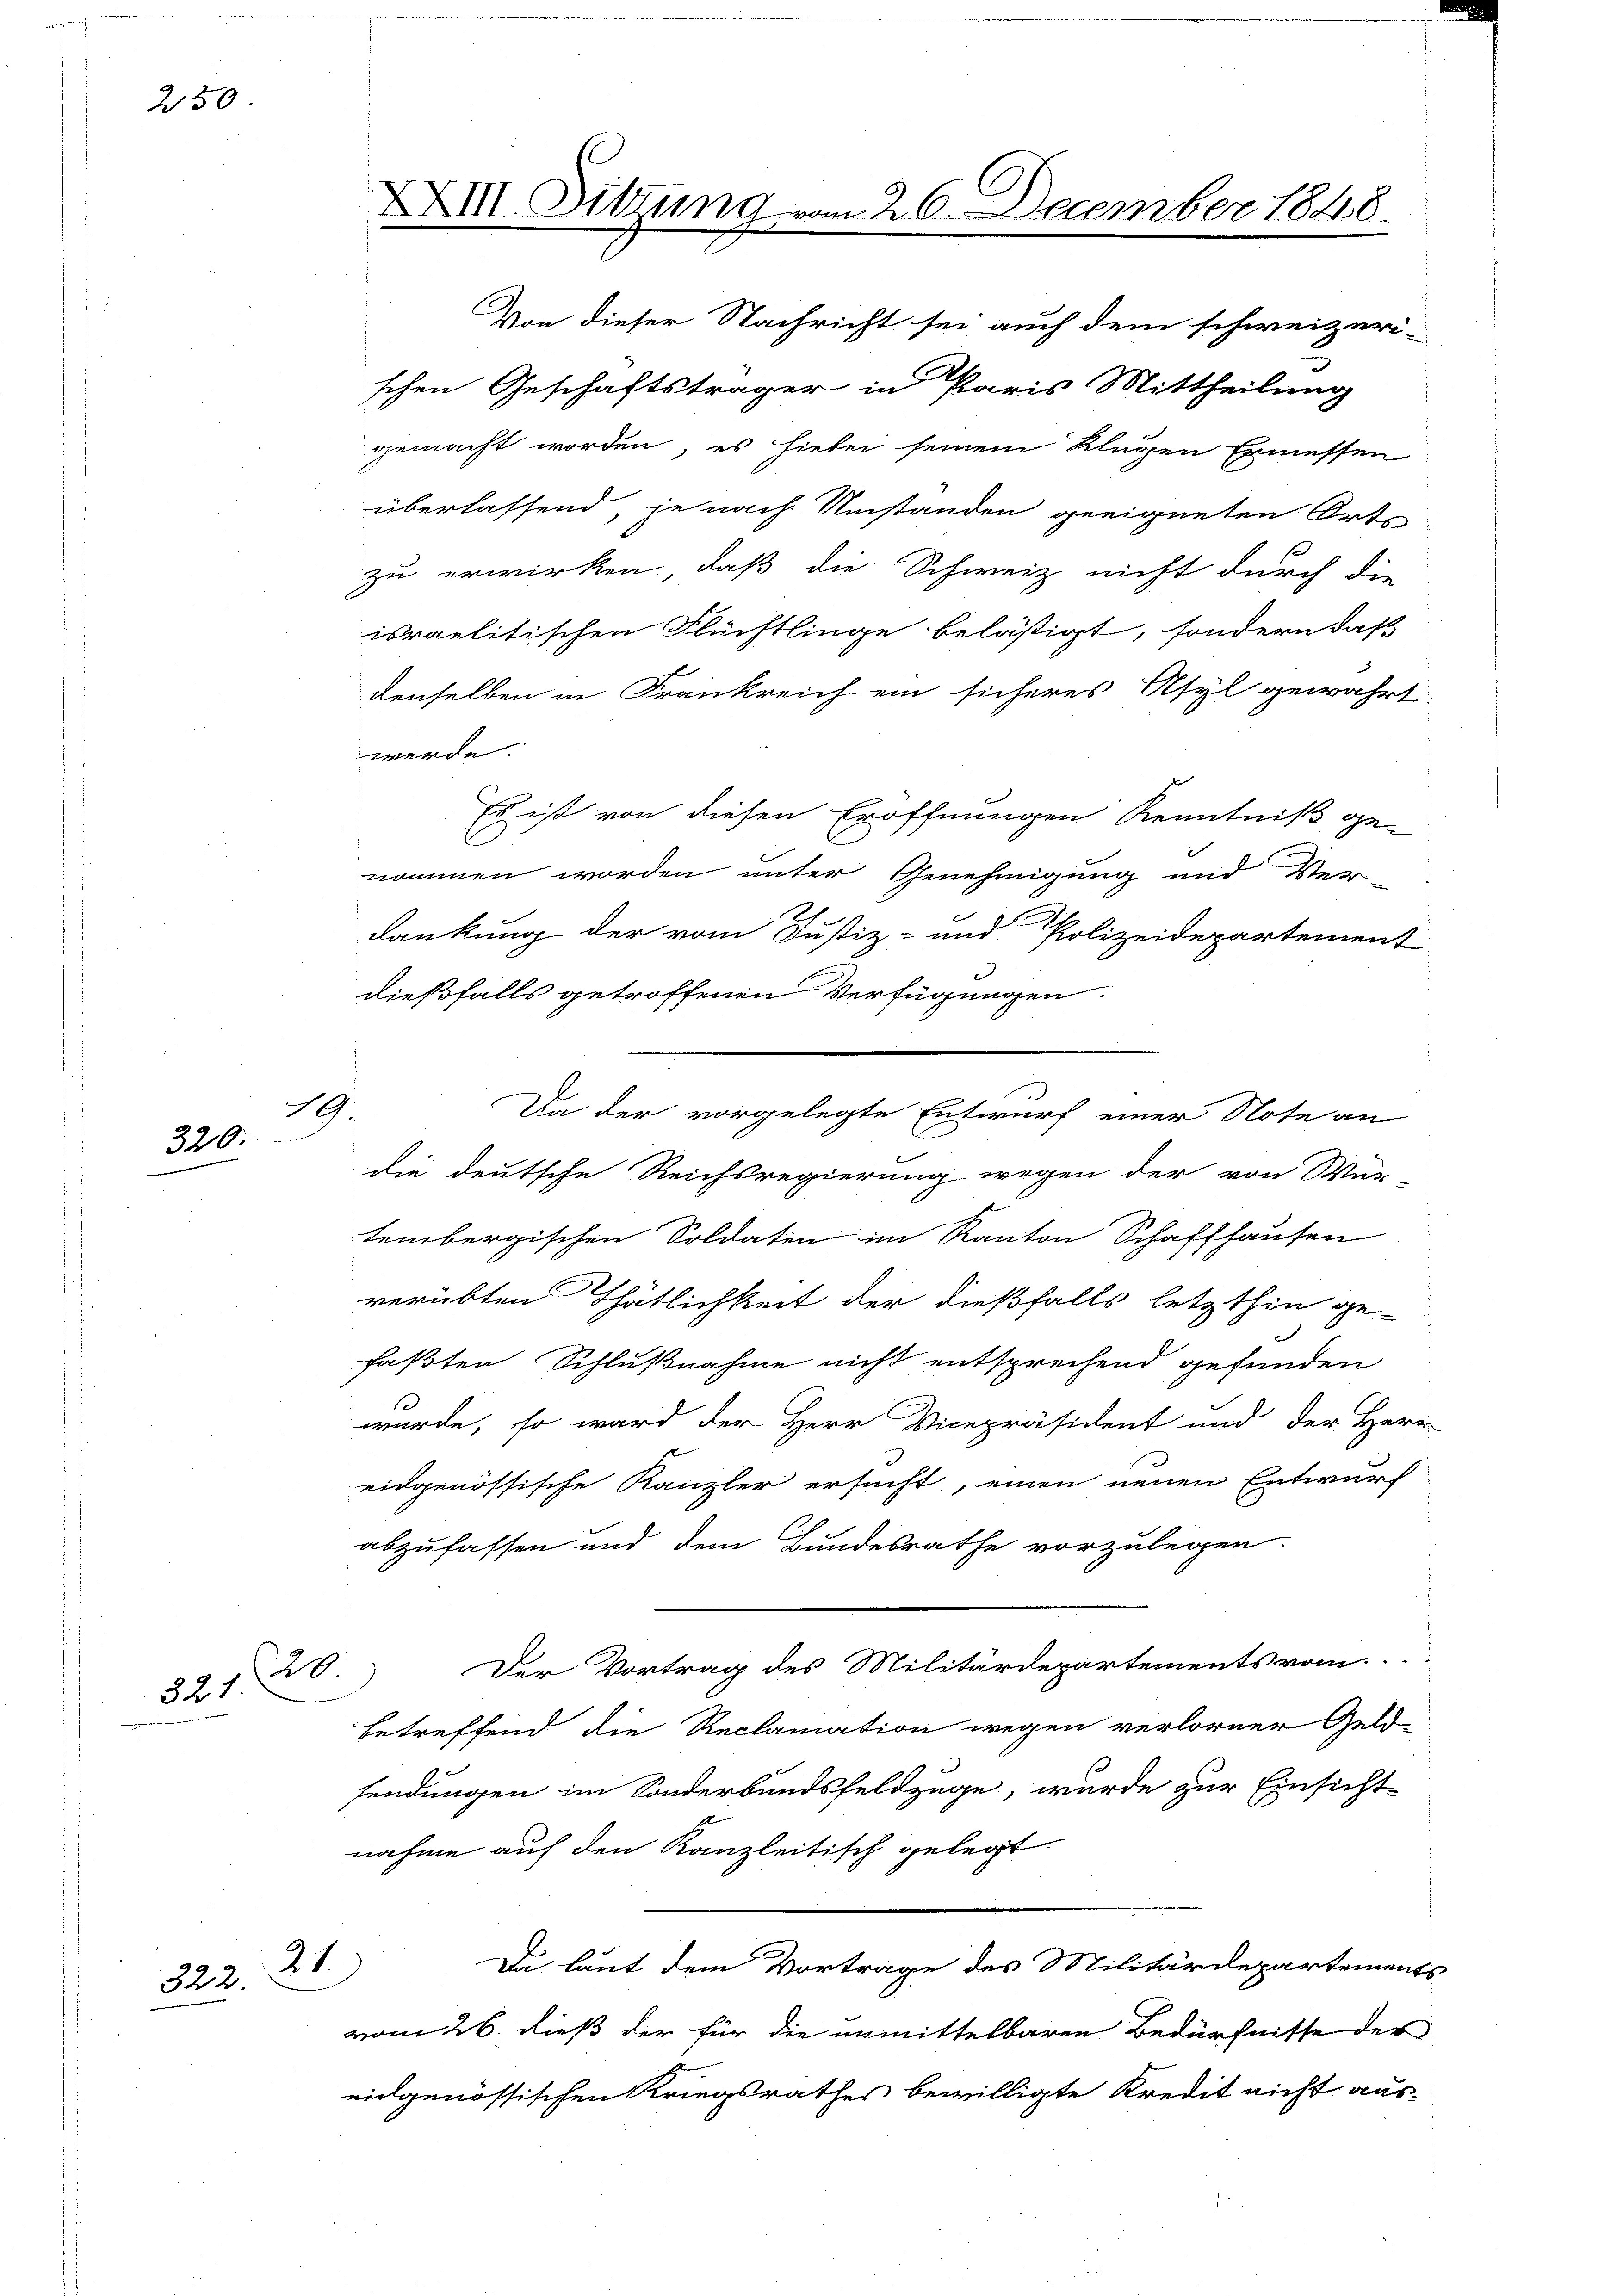
250

19.
320.

321

322.

zu erwirken, daß die Schweiz nicht durch die
israelitischen Flüchtlinge belästigt, sondern daß
denselben in Frankreich ein sicheres Asyl gewährt
werde.
Es ist von diesen Eröffnungen Kenntniß ge¬
C
nommen worden unter Genehmigung und Ver-
e
dankung der vom Justiz- und Polizeidepartement
dießfalls getroffenen Verfügungen.
die deutsche Reichsregierung wegen der von Wür-
tembergischen Soldaten im Kanton Schaffhausen
verübten Thätlichkeit der dießfalls letzthin ge-
faßten Schlußnahme nicht entsprechend gefunden
wurde, so ward der Herr Vicepräsident und der Herr
eidgenössische Kanzler ersucht, einen neuen Entwurf
abzufassen und dem Bundesrathe vorzulegen.
Der Vortrag des Militärdepartements vom
20.
betreffend die Reclamation wegen verlorner Geld-
sendungen im Sonderbundsfeldzüge, wurde zur Einsicht-
nahme auf den Kanzleitisch gelegt.
Da laut dem Vortrage des Militärdepartements
vom 26. dieß der für die unmittelbaren Bedürfnisse der
eidgenössischen Kriegsrathes bewilligte Kredit nicht aus-

21)

XXIII. Sitzung vom 26. December 1848.

Von dieser Nachricht sei auch dem schweizeri-
schen Geschäftsträger in Paris Mittheilung
gemacht worden, es hiebei seinem klugen Ermessen
überlassend, je nach Umständen geeigneten Orts

Da der vorgelegte Entwurf einer Note an